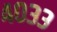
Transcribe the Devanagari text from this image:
४०३३